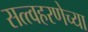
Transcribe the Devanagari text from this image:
सत्त्वहरणेच्या